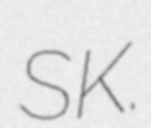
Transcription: SK.